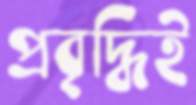
প্রবৃদ্ধিই